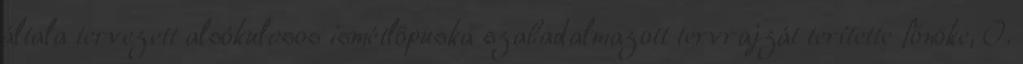
általa tervezett alsókulcsos ismétlőpuska szabadalmazott tervrajzát terítette főnöke, O.